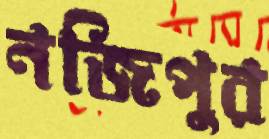
নজিপুর